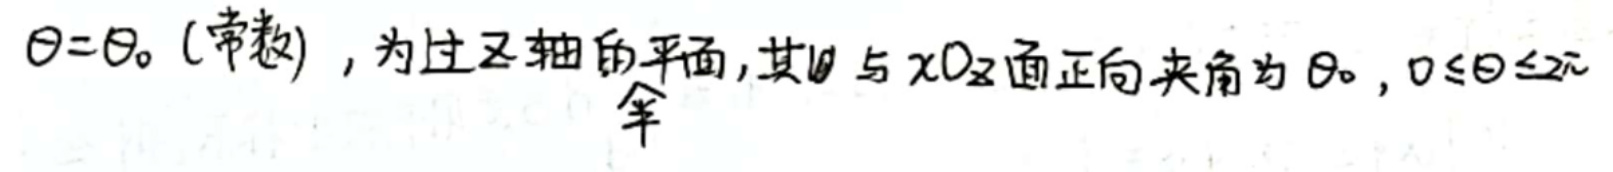
$\theta = \theta_0$ (常数) , 为过 $z$ 轴的平面, 其 $\theta$ 与 $xOz$ 面正向夹角为 $\theta_0$, $0\leqslant\theta\leqslant 2\pi$